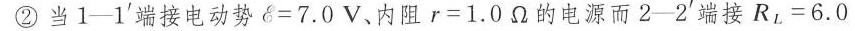
②当1-1^{'}端接电动势C=7.0V、内阻r=1.0Ω的电源而2-2^{'}端接R_{L}=6.0